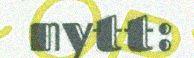
nytt: